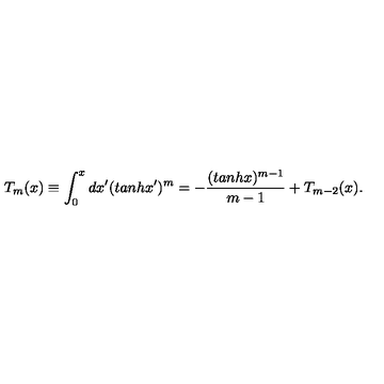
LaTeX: T _ { m } ( x ) \equiv \int _ { 0 } ^ { x } d x ^ { \prime } ( t a n h x ^ { \prime } ) ^ { m } = - \frac { ( t a n h x ) ^ { m - 1 } } { m - 1 } + T _ { m - 2 } ( x ) .